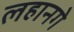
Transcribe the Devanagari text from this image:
लहानगे